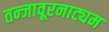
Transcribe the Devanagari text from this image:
तन्‍जावूरनाट्यम